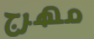
مهرج